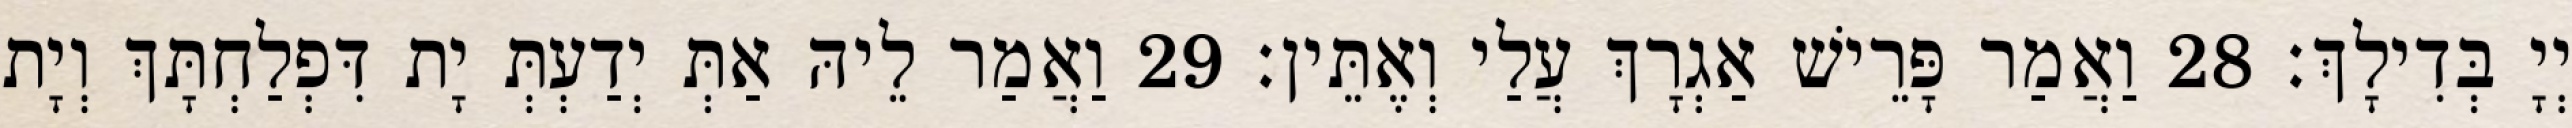
יְיָ בְּדִילָךְ׃ 28 וַאֲמַר פָּרֵישׁ אַגְרָךְ עֲלַי וְאֶתֵּין׃ 29 וַאֲמַר לֵיהּ אַתְּ יְדַעְתְּ יָת דִּפְלַחְתָּךְ וְיָת